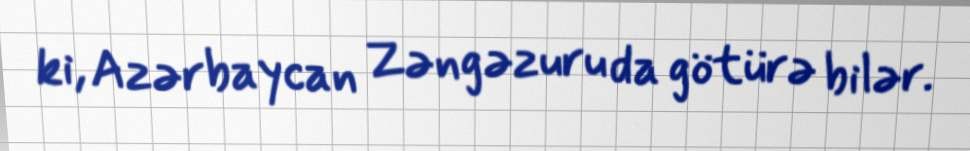
ki, Azərbaycan Zəngəzuru da götürə bilər.